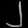
Digit: ၂